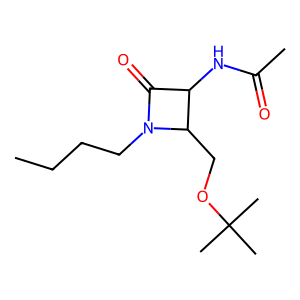
SMILES: CCCCN1C(=O)C(NC(C)=O)C1COC(C)(C)C
Inhibits HIV replication: No